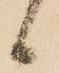
候